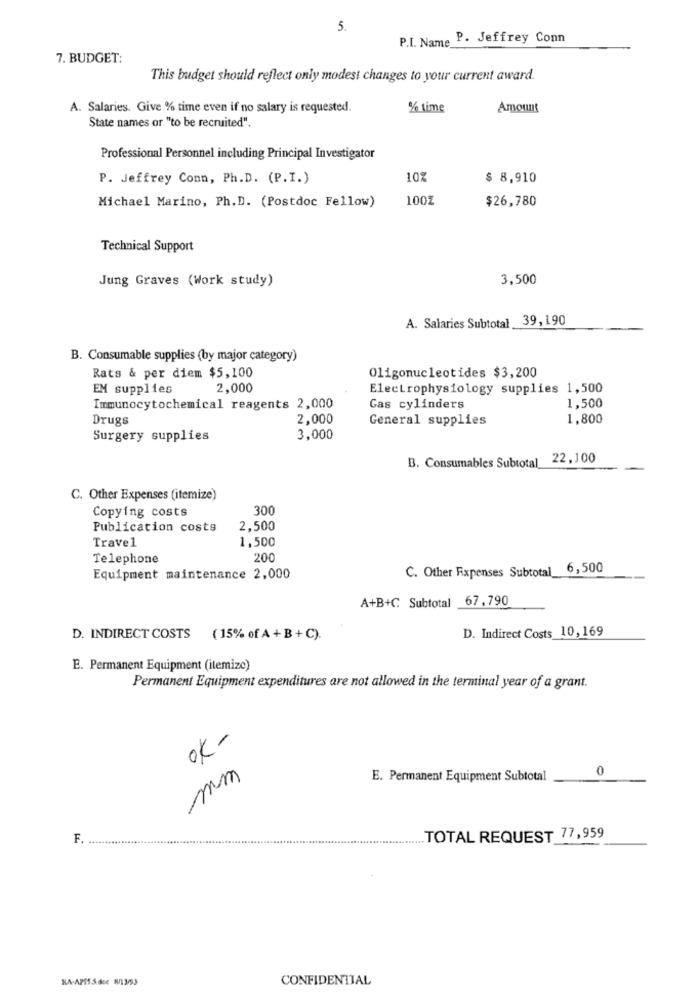
5.
P.I. Name P. Jeffrey Conn
7. BUDGET:
This budget should reflect only modest changes to your current award.
A. Salaries. Give % time even if no salary is requested.
% time
Amount
State names or "to be recruited".
Professional Personnel including Principal Investigator
P. Jeffrey Conn, Ph.D. (P.I.)
10%
$ 8,910
100Z
$26,780
Michael Marino, Ph.D. (Postdoc Fellow)
Technical Support
Jung Graves (Work study)
3,500
A. Salaries Subtotal 39, 190
B. Consumable supplies (by major category)
Rats & per diem $5,100
Oligonucleotides $3,200
EM supplies
2,000
Electrophysiology supplies 1,500
Immunocytochemical reagents 2,000
Gas cylinders
1,500
Drugs
2,000
General supplies
1,800
Surgery supplies
3,000
B. Consumables Subtotal 22,100
C. Other Expenses (itemize)
300
Copying costs
Publication costs
2,500
1,500
Travel
Telephone
200
C. Other Fixpenses Subtotal_6,500
Equipment maintenance 2,000
A+B+C Subtotal 67,790
D. Indirect Costs 10, 169
D. INDIRECT COSTS (15% of A + B + C).
E. Permanent Equipment (itemizc)
Permanent Equipment expenditures are not allowed in the terminal year of a grant.
ok-
0
mm
E. Permanent Equipment Subtotal
F
TOTAL REQUEST 77,959
KA-APE1.5.doc W/13/93
CONFIDENTIAL